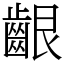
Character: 齦